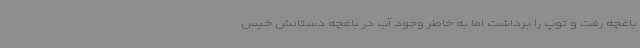
باغچه رفت و توپ را برداشت اما به خاطر وجود آب در باغچه دستانش خیس